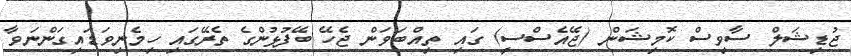
ޖުޑިޝަލް ސާވިސް ކޮމިޝަން (ޖޭއެސްސީ) ގައި ތިއްބަވަން ޖެހޭ ބޭފުޅުންގެ ތެރޭގައި ހިމެނިވަޑައިގަންނަވާ